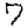
Digit: 7